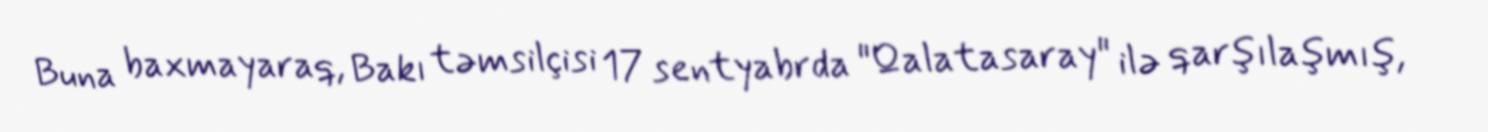
Buna baxmayaraq, Bakı təmsilçisi 17 sentyabrda "Qalatasaray" ilə qarşılaşmış,